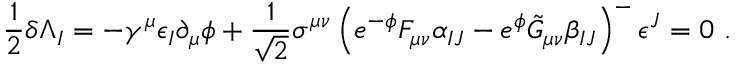
\frac { 1 } { 2 } \delta \Lambda _ { I } = - \gamma ^ { \mu } \epsilon _ { I } \partial _ { \mu } \phi + \frac { 1 } { \sqrt 2 } \sigma ^ { \mu \nu } \left( e ^ { - \phi } F _ { \mu \nu } \alpha _ { I J } - e ^ { \phi } \tilde { G } _ { \mu \nu } \beta _ { I J } \right) ^ { - } \epsilon ^ { J } = 0 \ .